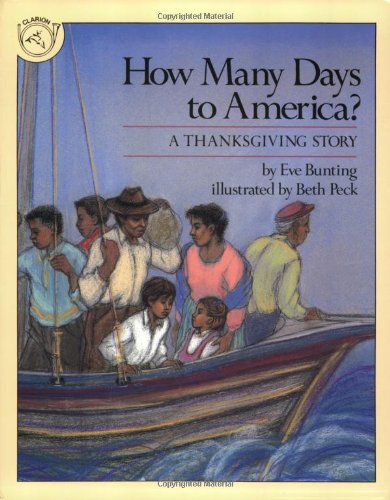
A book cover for How Many Days to America?: A Thanksgiving Story; Eve Bunting; Children's Books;